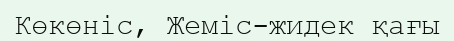
Көкөніс, Жеміс-жидек қағы